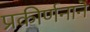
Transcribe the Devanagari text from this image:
प्रकीर्णनाने